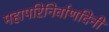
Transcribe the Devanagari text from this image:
महापरिनिर्वाणदिनी